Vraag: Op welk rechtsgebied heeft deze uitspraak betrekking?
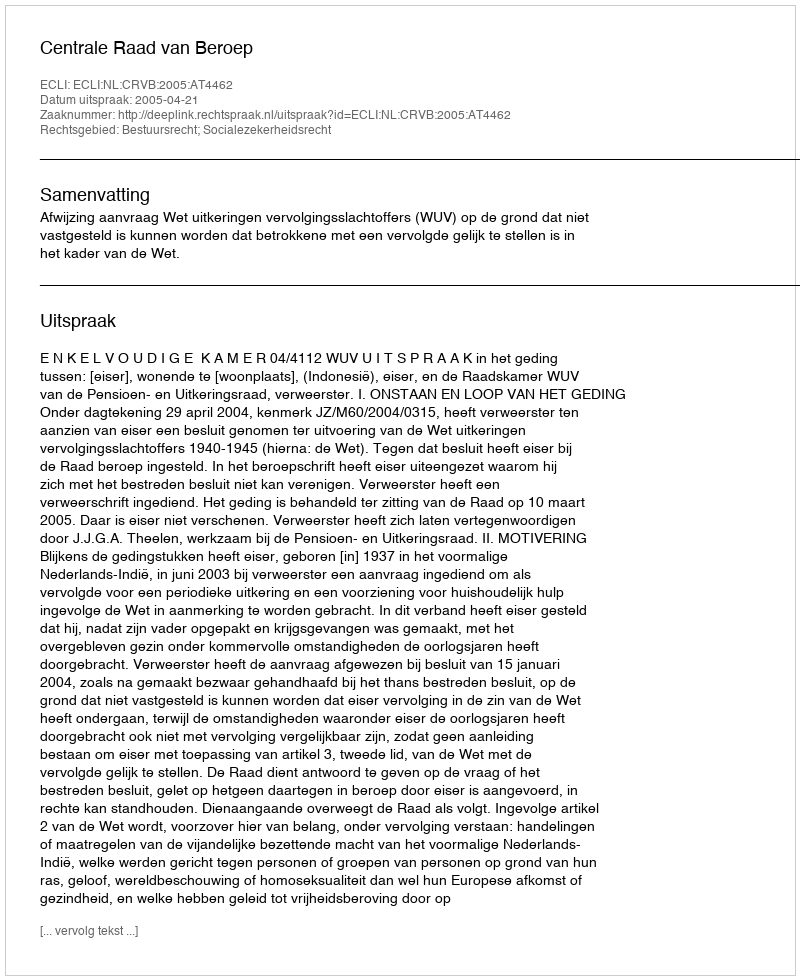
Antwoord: Bestuursrecht; Socialezekerheidsrecht